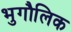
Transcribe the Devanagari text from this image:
भुगौलिक